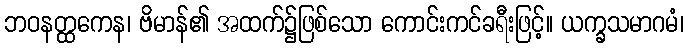
ဘဝနတ္ထကေန၊ ဗိမာန်၏ အထက်၌ဖြစ်သော ကောင်းကင်ခရီးဖြင့်။ ယက္ခသမာဂမံ၊